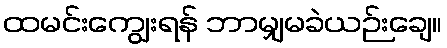
ထမင်းကျွေးရန် ဘာမျှမခဲယဉ်းချေ။